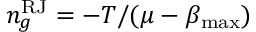
n _ { g } ^ { \mathrm { R J } } = - T / ( \mu - \beta _ { \mathrm { m a x } } )